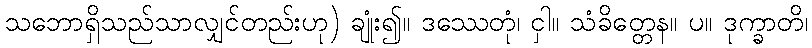
သဘောရှိသည်သာလျှင်တည်းဟု) ချုံး၍။ ဒဿေတုံ၊ ငှါ။ သံခိတ္တေန။ ပ။ ဒုက္ခာတိ၊